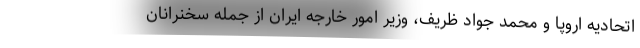
اتحادیه اروپا و محمد جواد ظریف، وزیر امور خارجه ایران از جمله سخنرانان